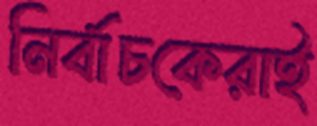
নির্বাচকেরাই